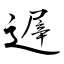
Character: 遟